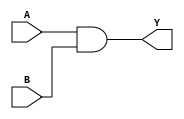
module assign_example(
    input A,
    input B,
    output Y
);

assign Y = A & B;

endmodule